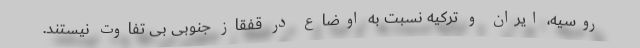
روسیه، ایران و ترکیه نسبت به اوضاع در قفقاز جنوبی بی تفاوت نیستند.